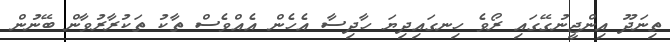
ތިނަދޫ އިންޖީނުގޭގައި ރޯވެ ހިނގައިދިޔަ ހާދިސާ އެހެން އެއްވެސް ތާކު ތަކުރާރުވާން ބޭނުން